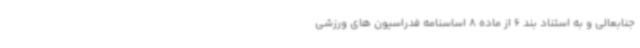
جنابعالی و به استناد بند 6 از ماده 8 اساسنامه فدراسیون های ورزشی